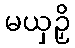
မယှဉှိ